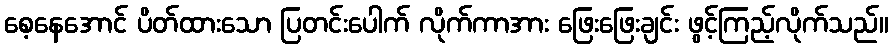
စေ့နေအောင် ပိတ်ထားသော ပြတင်းပေါက် လိုက်ကာအား ဖြေးဖြေးချင်း ဖွင့်ကြည့်လိုက်သည်။